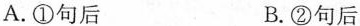
A.①句后 B.②句后